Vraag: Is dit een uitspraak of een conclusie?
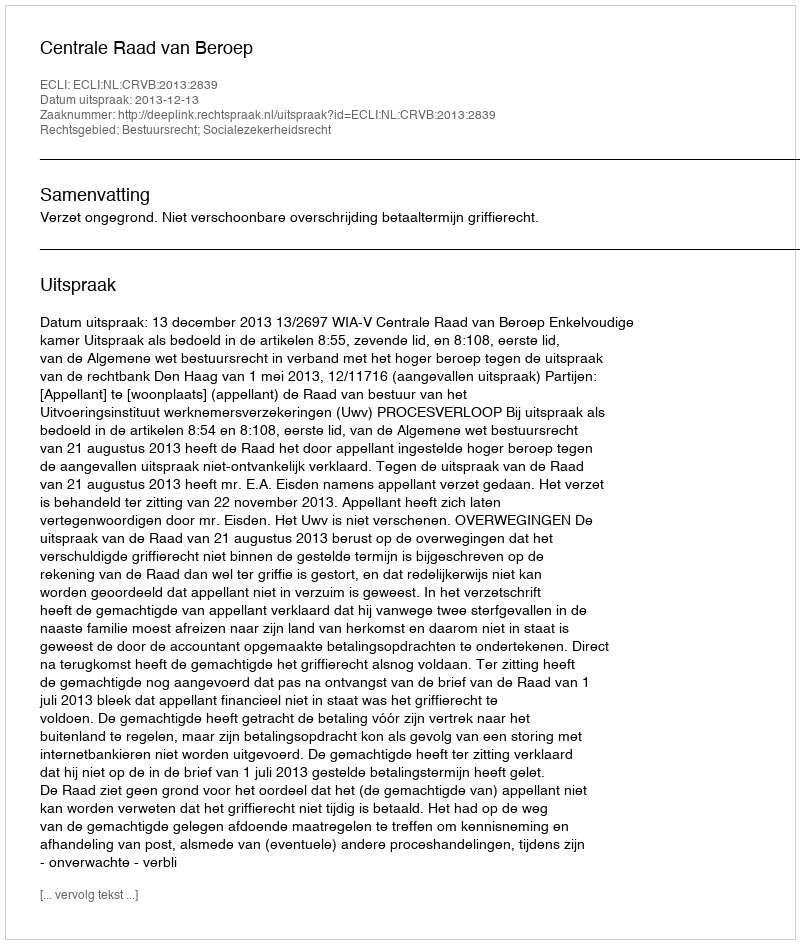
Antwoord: Uitspraak